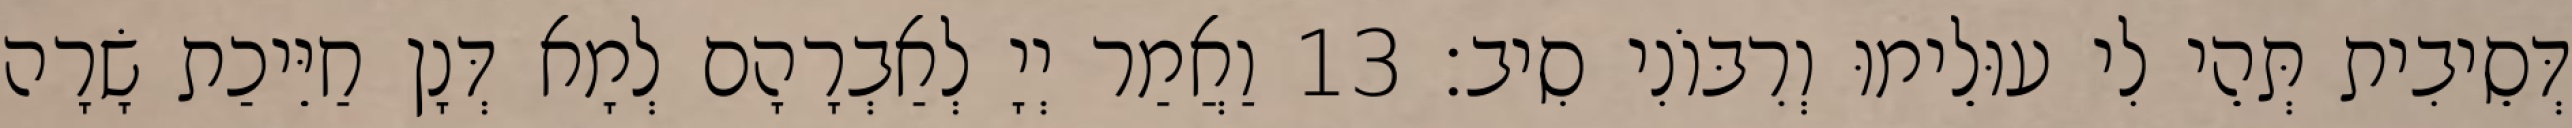
דְּסֵיבִית תְּהֵי לִי עוּלֵימוּ וְרִבּוֹנִי סִיב׃ 13 וַאֲמַר יְיָ לְאַבְרָהָם לְמָא דְּנָן חַיֵּיכַת שָׂרָה